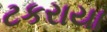
ટકરાયા